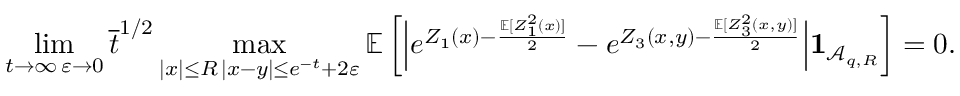
\operatorname* { l i m } _ { \substack { t \to \infty \, \varepsilon \to 0 } } \overline { t } ^ { 1 / 2 } \operatorname* { m a x } _ { \substack { | x | \le R \, | x - y | \le e ^ { - t } + 2 \varepsilon } } { \ensuremath { \mathbb E } } \left[ \Big | e ^ { Z _ { 1 } ( x ) - \frac { { \ensuremath { \mathbb E } } [ Z _ { 1 } ^ { 2 } ( x ) ] } { 2 } } - e ^ { Z _ { 3 } ( x , y ) - \frac { { \ensuremath { \mathbb E } } [ Z _ { 3 } ^ { 2 } ( x , y ) ] } { 2 } } \Big | \mathbf { 1 } _ { { \ensuremath { \mathcal A } } _ { q , R } } \right] = 0 .